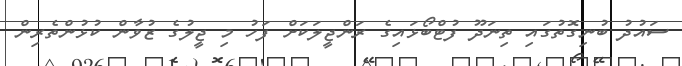
ސައުދު ބުނިގޮތުގައި ތިނަދޫ ފުޓްބޯޅައިގެ ރަންޖީލަކަށް ފަހު މި ޖީލުގެ ޒުވާން ކުޅުންތެރިން